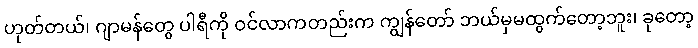
ဟုတ်တယ်၊ ဂျာမန်တွေ ပါရီကို ဝင်လာကတည်းက ကျွန်တော် ဘယ်မှမထွက်တော့ဘူး၊ ခုတော့